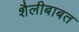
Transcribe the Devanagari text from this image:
शैलीबाबत